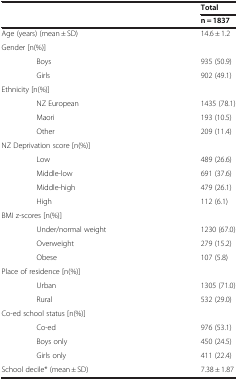
|  | Total |
 |  | n = 1837 |
 | --- | --- |
 | Age (years) (mean ± SD) | 14.6 ± 1.2 |
 | Gender [n(%)] |  |
 | Boys | 935 (50.9) |
 | Girls | 902 (49.1) |
 | Ethnicity [n(%)] |  |
 | NZ European | 1435 (78.1) |
 | Maori | 193 (10.5) |
 | Other | 209 (11.4) |
 | NZ Deprivation score [n(%)] |  |
 | Low | 489 (26.6) |
 | Middle-low | 691 (37.6) |
 | Middle-high | 479 (26.1) |
 | High | 112 (6.1) |
 | BMI z-scores [n(%)] |  |
 | Under/normal weight | 1230 (67.0) |
 | Overweight | 279 (15.2) |
 | Obese | 107 (5.8) |
 | Place of residence [n(%)] |  |
 | Urban | 1305 (71.0) |
 | Rural | 532 (29.0) |
 | Co-ed school status [n(%)] |  |
 | Co-ed | 976 (53.1) |
 | Boys only | 450 (24.5) |
 | Girls only | 411 (22.4) |
 | School decile* (mean ± SD) | 7.38 ± 1.87 |